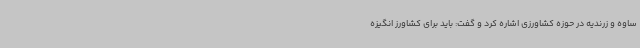
ساوه و زرندیه در حوزه کشاورزی اشاره کرد و گفت: باید برای کشاورز انگیزه